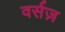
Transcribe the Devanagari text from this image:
वर्सज़